Heimtali_vallavalitsus, lk 7
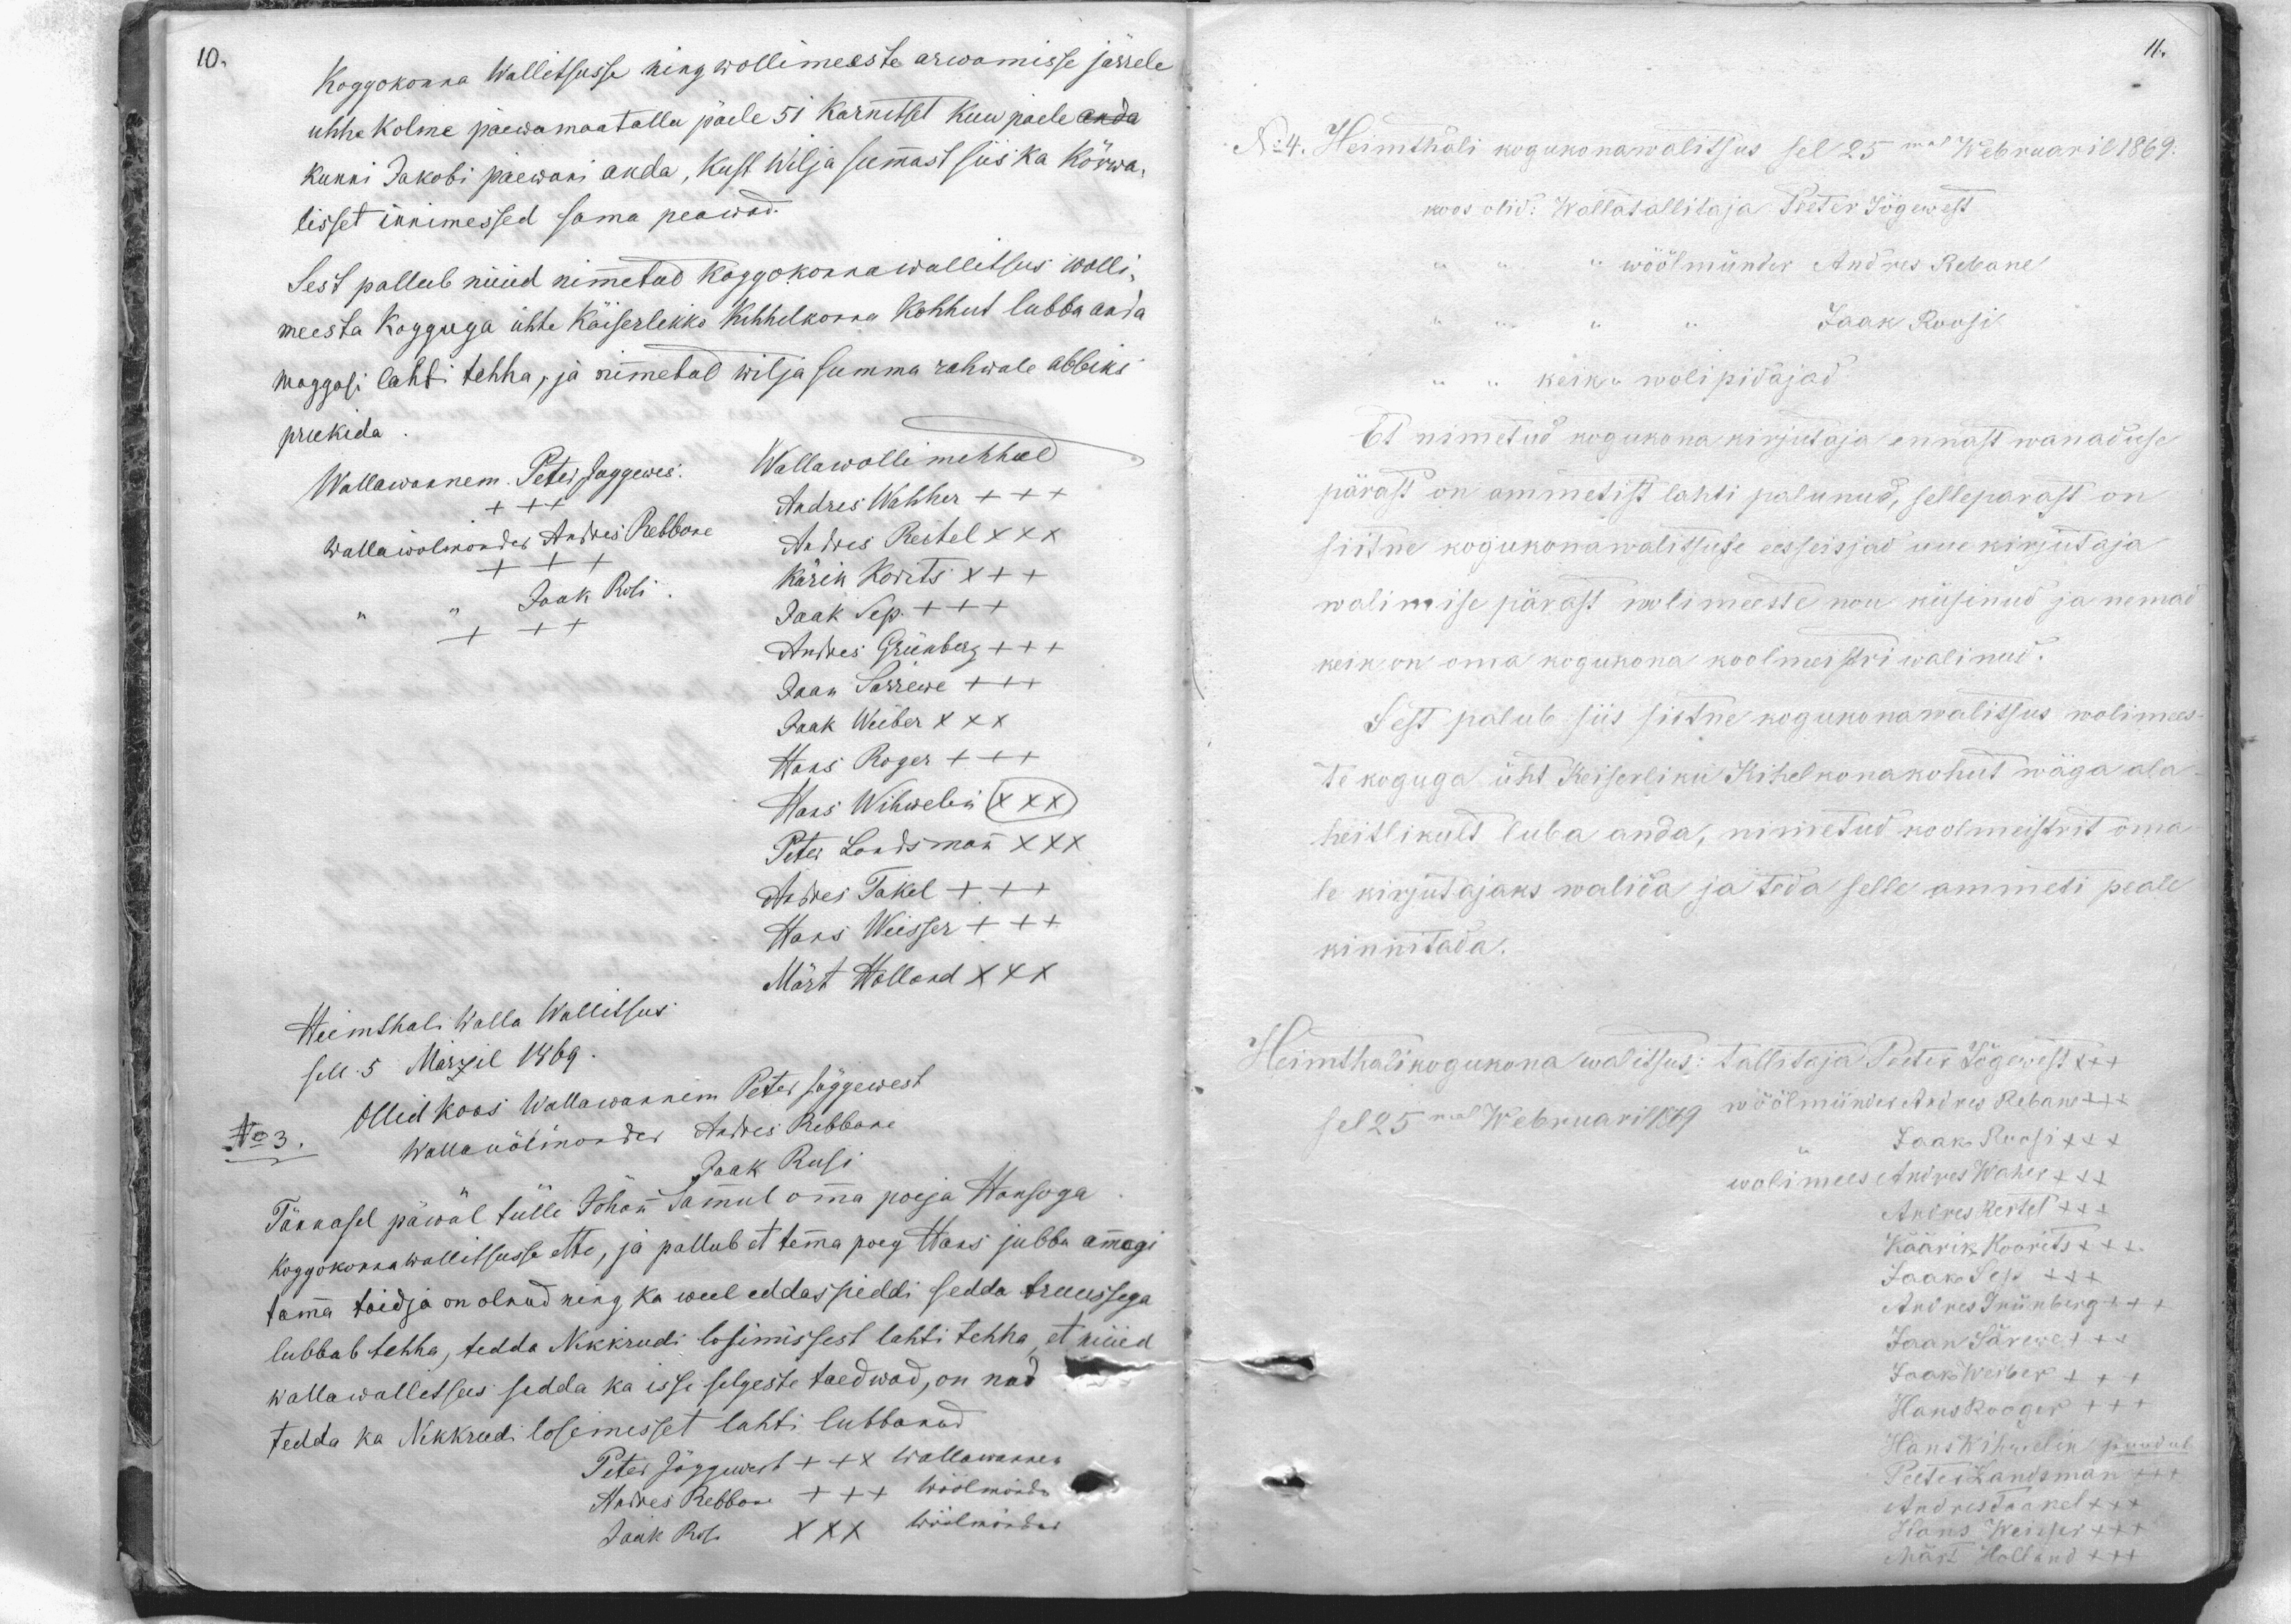
Koggokonna Wallitsusse ning wollimeeste arwamisse järrele
uhhe kolme päewamaatallu päele 51. Karnitset kuu paele anda
kunni Jakobi päewani anda, kust Wilja sumast siis ka kõrwa
lisset innimessed sama peawad.
Sest pallub nüüd nimetud koggokonna wallitsus wolli-
meesta kogguga ühte Käiserlekko kihhelkonna kohhut lubba anda
maggosi lahti tehha, ja nimetud wilja summa rahwale abbiks
prukeda.
Wallawanem Peter Joggewes.
Wallawollimehhed
Andres Wahher +++
Wallawölmönder Andres Rebbone
Andres Reitel XXX
Kärin Korits XXX
Jaak Rosi
Jaak Sep. XXX
Andres Grünberg XXX
Jaan Sarrewe XXX
Jaak Weiber XXX
Hans Roger XXX
Hans Wihwelin XXX
Peter Landsmon XXX
Andres Takel XXX
Hans Weisser XXX
Märt Holland XXX
Heimthali Walla Wallitsus
selle 5 Marzil 1869
Ollid koos Wallawannem Peter Jõggewest
No 3.
Wallamölmönder Andres Rebbane
Jaak Rosi
Tännasel päeval tülli Johan Samul oma poija Hansoga
tama toidja on olnud ning ka weel eddaspiddi sedda truussega
Koggokonna wallitsusse ette, ja pallub et tema poeg Hans jubba omagi
lubbab tehha, tedda Nekkrudi losimissest lahti tehha, et nüüd
wallawalletsus sedda ka isse selgeste taedwad, on nad
tedda ka Nikkrudi losimest lahti lubbanud
Peter Jõggewest XXX Wallawannem
Andres Rebbane XXX Wöölmönda
Jaak Rosi XXX Wöölmöndar

No:4. Heimthali kogukonawalitsus sel 25mal Webruaril 1869.
koos olid: Wallatallitaja Peeter Jõgewest
wöölmünder Andres Rebane
Jaak Roosi
keik wolipidajad.
Et nimetud kogukona kirjutaja ennast wanaduse
pärast on ammetist lahti palunud, selleparast on
siitne kogukona walitsuse eesseisjad uue kirjutaja
walimise pärast kolimeeste nou küsinud ja nemad
keik on oma kogukona koolmeistri walinud.
Sest palub siis siitne kogukonawalitsus wolimees-
te koguga üht Keiserliku Kihelkonakohut wäga ala
heitlikult luba anda, nimetud koolmeistrit oma-
le kirjutajaks walida ja teda selle ammeti peale
kinnitada.
Heimthali kogukona walitsus: tallitaja Peeter Jõgewest +++
sel 25mal Webruaril 1869 wöölmünder Andres Reban +++
Jaak Roosi +++
wolimees Andres Waher +++
Andres Reitel +++
Käärik Koorits XXX
Jaak Sepa XXX
Andres Trünberg +++
Jaan Särewest +++
Jaak Weiber XXX
Hans Rooger XXX
Hans Wihmelen puudus
Peeter Landsman +++
Andres Taakel XXX
Hans Weisser +++
Märt Holland XXX